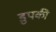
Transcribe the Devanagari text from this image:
डुपकी